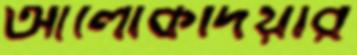
আলোকদিয়ার